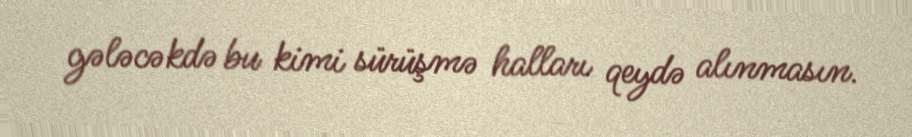
gələcəkdə bu kimi sürüşmə halları qeydə alınmasın.